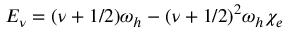
E _ { \nu } = ( \nu + 1 / 2 ) \omega _ { h } - ( \nu + 1 / 2 ) ^ { 2 } \omega _ { h } \chi _ { e }